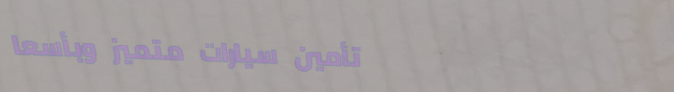
تأمين سيارات متميز وبأسعا